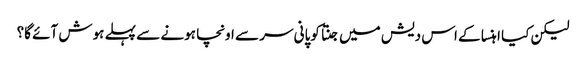
لیکن کیا اہنسا کے اس دیش میں جنتا کوپانی سر سے اونچا ہونے سے پہلے ہوش آئے گا؟